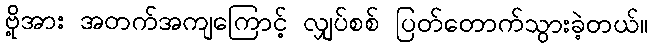
ဗို့အား အတက်အကျကြောင့် လျှပ်စစ် ပြတ်တောက်သွားခဲ့တယ်။